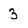
Character: 3